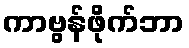
ကာဗွန်ဖိုက်ဘာ